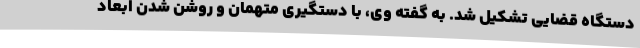
دستگاه قضایی تشکیل شد. به گفته وی، با دستگیری متهمان و روشن شدن ابعاد